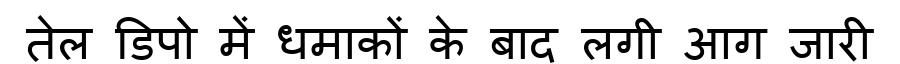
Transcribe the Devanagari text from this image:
तेल डिपो में धमाकों के बाद लगी आग जारी